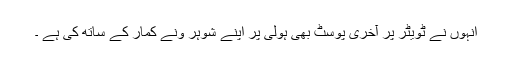
انہوں نے ٹویٹر پر آخری پوسٹ بھی ہولی پر اپنے شوہر ونے کمار کے ساتھ کی ہے ۔